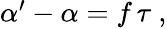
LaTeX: \begin{array}{r}{\alpha^{\prime}-\alpha=f\, \tau\ ,}\end{array}